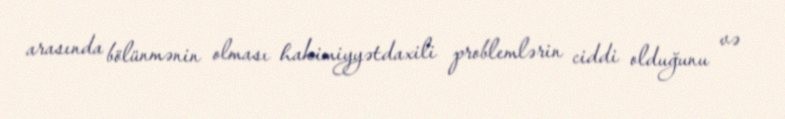
arasında bölünmənin olması hakimiyyətdaxili problemlərin ciddi olduğunu və